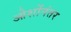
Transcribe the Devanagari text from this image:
ओशोंनंतर